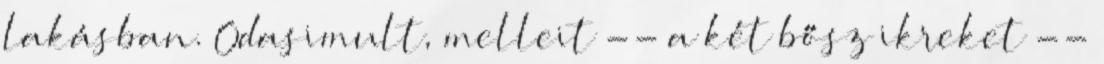
lakásban. Odasimult, melleit -- a két bősz ikreket --